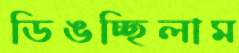
ডিঙচ্ছিলাম